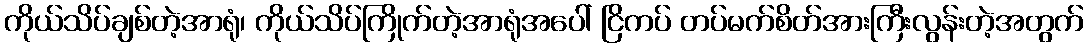
ကိုယ်သိပ်ချစ်တဲ့အာရုံ၊ ကိုယ်သိပ်ကြိုက်တဲ့အာရုံအပေါ် ငြိကပ် တပ်မက်စိတ်အားကြီးလွန်းတဲ့အတွက်